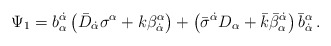
\begin{align*}\Psi_1= b_\alpha^{\dot \alpha} \left( \bar D_{\dot \alpha}\sigma^\alpha + k \beta^{\alpha}_{\dot \alpha} \right) + \left( \bar \sigma^{\dot \alpha} D_\alpha + \bar k \bar \beta^{\dot \alpha}_\alpha \right) \bar b_{\dot \alpha}^\alpha \,. \end{align*}